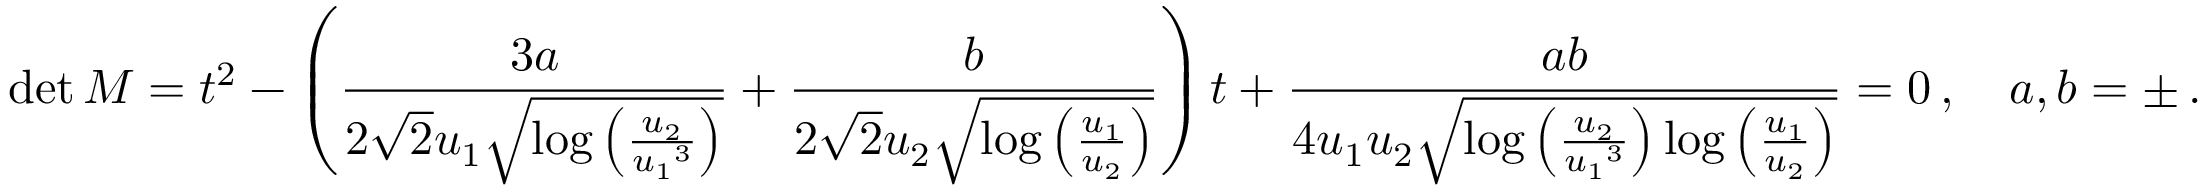
\operatorname* { d e t } M = t ^ { 2 } - \left( \frac { 3 a } { 2 \sqrt { 2 } { u _ { 1 } } \sqrt { \log \left( \frac { { u _ { 2 } } } { { u _ { 1 } } ^ { 3 } } \right) } } + \frac { b } { 2 \sqrt { 2 } { u _ { 2 } } \sqrt { \log \left( \frac { { u _ { 1 } } } { { u _ { 2 } } } \right) } } \right) t + \frac { a b } { 4 { u _ { 1 } u _ { 2 } } \sqrt { \log \left( \frac { { u _ { 2 } } } { { u _ { 1 } } ^ { 3 } } \right) \log \left( \frac { { u _ { 1 } } } { { u _ { 2 } } } \right) } } = 0 \, , \quad a , b = \pm \, .